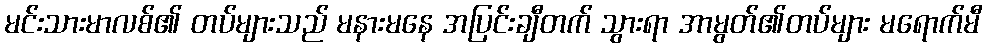
မင်းသားမာလစ်၏ တပ်များသည် မနားမနေ အပြင်းချီတက် သွားရာ အာမွတ်၏တပ်များ မရောက်မီ